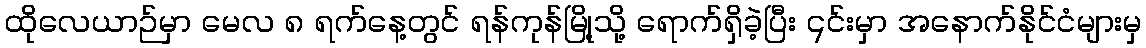
ထိုလေယာဉ်မှာ မေလ ၈ ရက်နေ့တွင် ရန်ကုန်မြို့သို့ ရောက်ရှိခဲ့ပြီး ၎င်းမှာ အနောက်နိုင်ငံများမှ